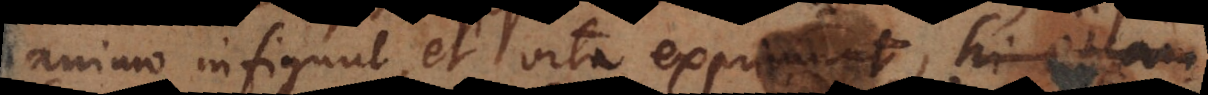
animo infigunt, et vita exprimunt, hi etiam